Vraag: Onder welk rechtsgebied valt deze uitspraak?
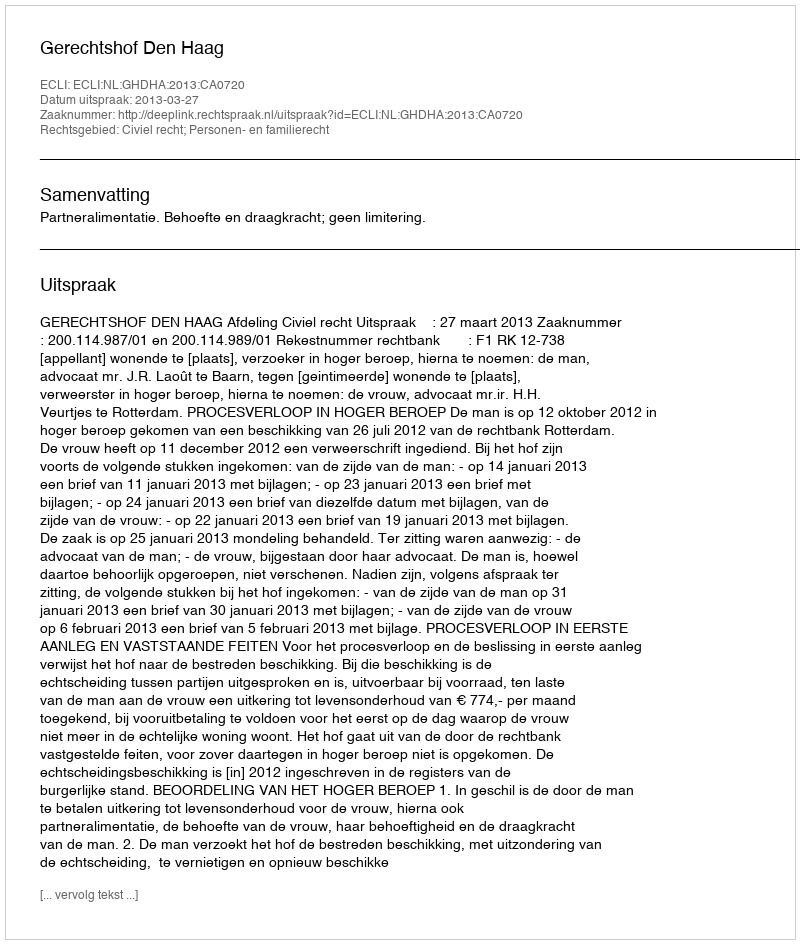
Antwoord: Civiel recht; Personen- en familierecht